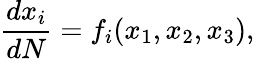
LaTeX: \frac{dx_{i}}{dN}=f_{i}(x_{1},x_{2},x_{3}),